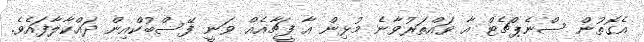
އެގޮތުން ސްނެޕްޗެޓް އާ ވައްތަރުވާނެ މުޅިން އާ ފީޗާއެއް ވަނީ ފޭސްބުކްއިން ދައްކާލާފައެވެ.